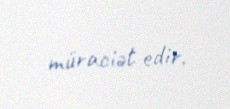
müraciət edir.